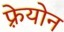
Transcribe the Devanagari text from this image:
फ़्रेयोन